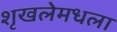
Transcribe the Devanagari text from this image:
शृखलेमधला